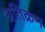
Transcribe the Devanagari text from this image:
अतिक्रम